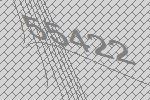
55422